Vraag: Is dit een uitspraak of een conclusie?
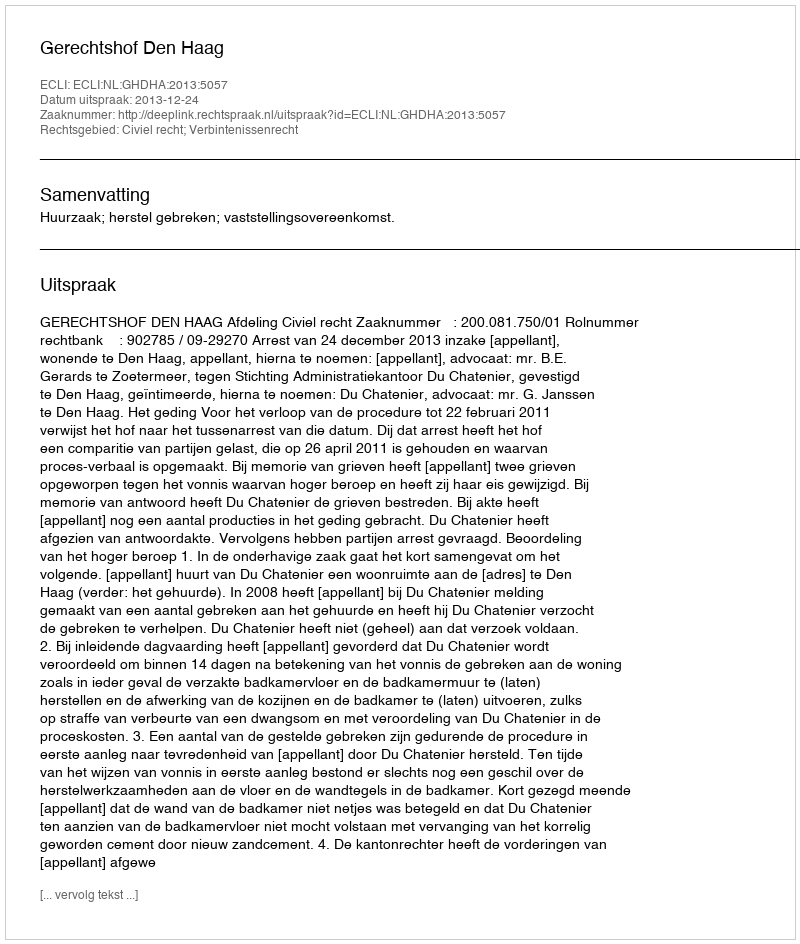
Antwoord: Uitspraak